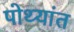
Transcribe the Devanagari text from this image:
पोथ्यांत